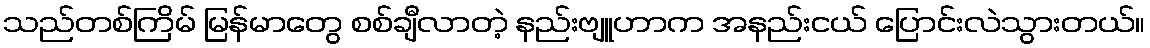
သည်တစ်ကြိမ် မြန်မာတွေ စစ်ချီလာတဲ့ နည်းဗျူဟာက အနည်းငယ် ပြောင်းလဲသွားတယ်။